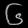
Digit: ၆